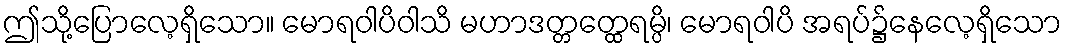
ဤသို့ပြောလေ့ရှိသော။ မောရဝါပိဝါသိ မဟာဒတ္တတ္ထေရမ္ပိ၊ မောရဝါပိ အရပ်၌နေလေ့ရှိသော